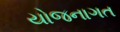
યોજનાગત